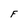
Character: F